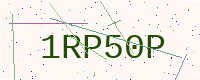
Text: 1RP50P